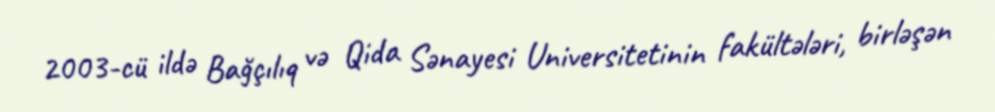
2003-cü ildə Bağçılıq və Qida Sənayesi Universitetinin fakültələri, birləşən